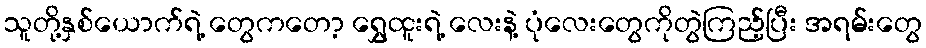
သူတို့နှစ်ယောက်ရဲ့ တွေကတော့ ရွှေထူးရဲ့ လေးနဲ့ ပုံလေးတွေကိုတွဲကြည့်ပြီး အရမ်းတွေ